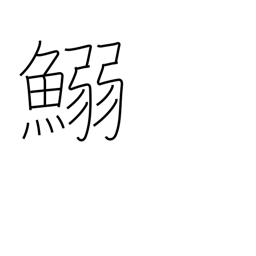
Meaning: (kokuji)